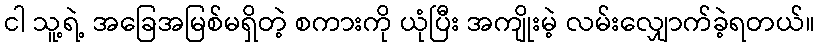
ငါ သူ့ရဲ့ အခြေအမြစ်မရှိတဲ့ စကားကို ယုံပြီး အကျိုးမဲ့ လမ်းလျှောက်ခဲ့ရတယ်။